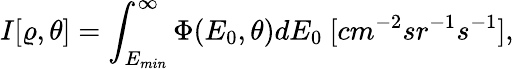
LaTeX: I[\varrho,\theta]=\int_{E_{min}}^{\infty}\Phi(E_{0},\theta)dE_{0}\ [cm^{-2}sr^{-1}s^{-1}],